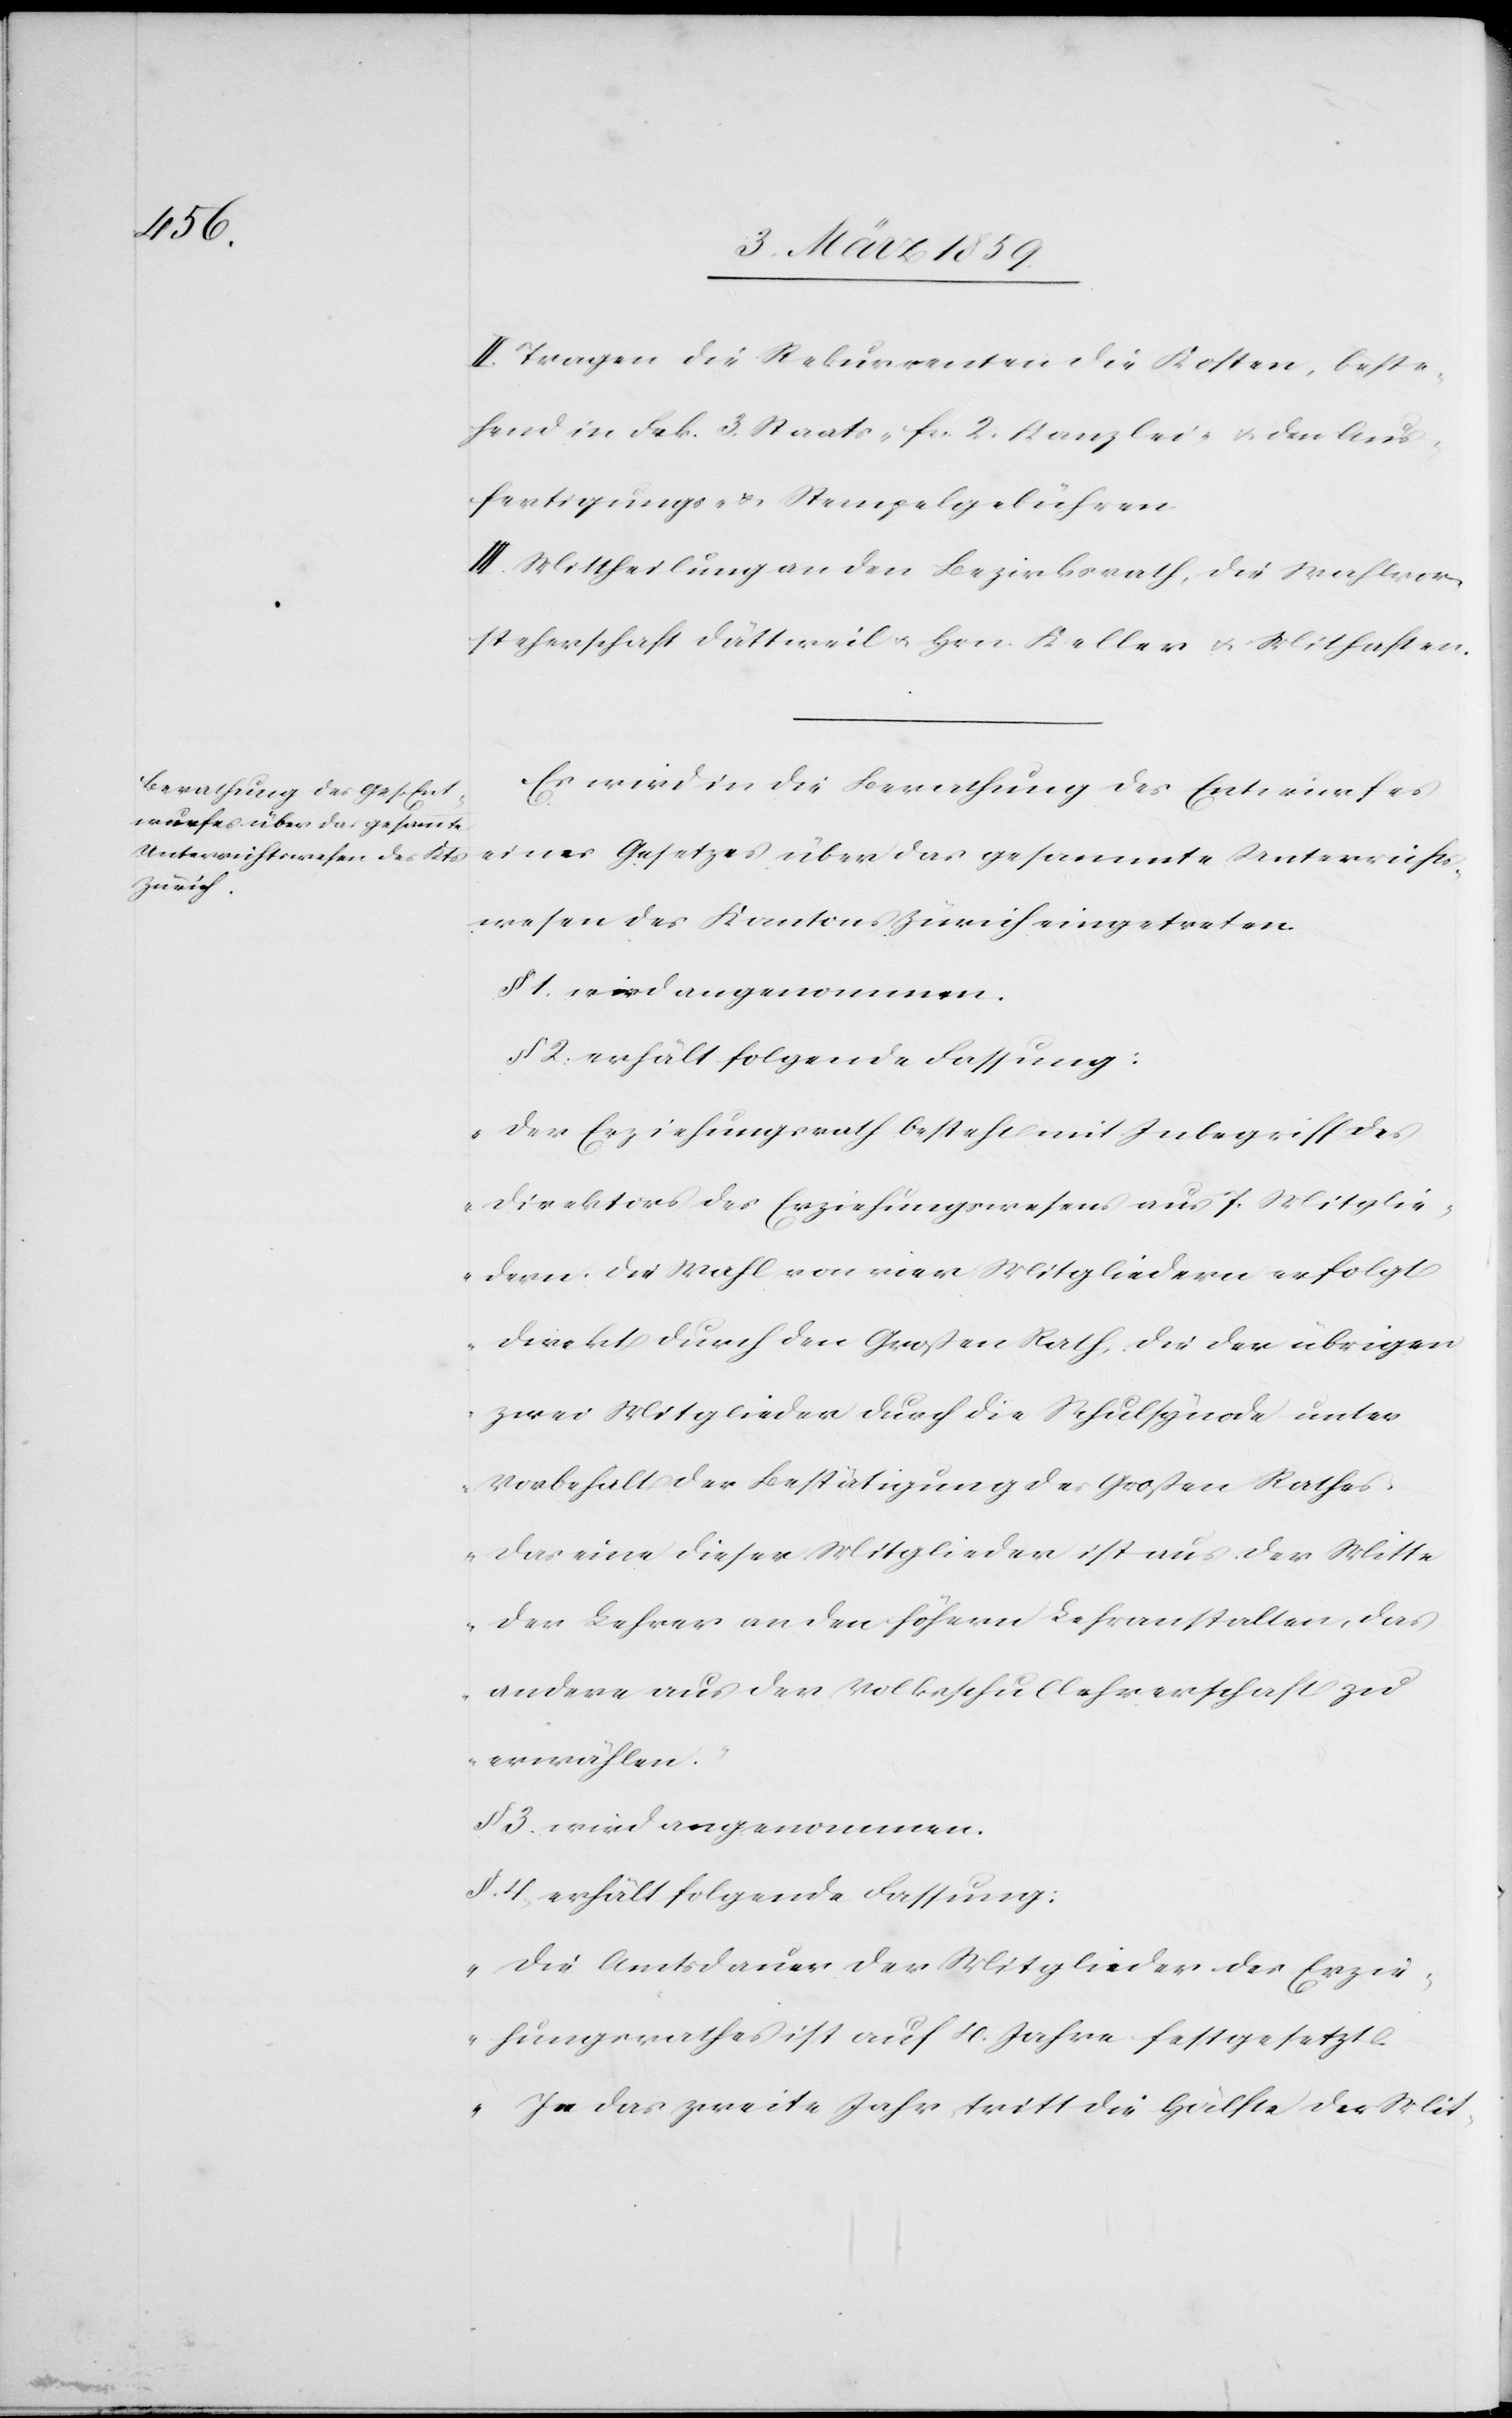
II. Tragen die Rekurrenten die Kosten, beste¬
hend in Frk. 3. Staats-[,] fcs. 2. Kanzlei- u. den Aus¬
fertigungs- & Stempelgebühren.
III. Mittheilung an den Bezirksrath, die Wahlvor¬
steherschaft Dättweil u. Hrn. Keller u. Mithaften.
Es wird in die Berathung des Entwurfes
eines Gesetzes über das gesammte Unterrichts¬
wesen des Kantons Zürich eingetreten.
§ 1. wird angenommen.
§ 2. erhält folgende Fassung:
„Der Erziehungsrath besteht mit Inbegriff des
Direktors des Erziehungswesens aus 7. Mitglie¬
dern: die Wahl von vier Mitgliedern erfolgt
direkt durch den Großen Rath, die der übrigen
zwei Mitglieder durch die Schulsynode unter
Vorbehalt der Bestätigung des Großen Rathes,
das eine dieser Mitglieder ist aus der Mitte
der Lehrer an den höhern Lehranstalten, das
andere aus der Volksschullehrerschaft zu
erwählen.“
§ 3. wird angenommen.
§. 4. erhält folgende Fassung:
„Die Amtsdauer der Mitglieder des Erzie¬
hungsrathes ist auf 4. Jahre festgesetzt.
In das zweite Jahr, tritt die Hälfte der Mit-